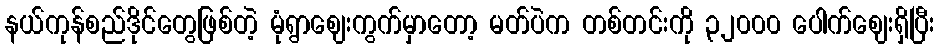
နယ်ကုန်စည်ဒိုင်တွေဖြစ်တဲ့ မုံရွာဈေးကွက်မှာတော့ မတ်ပဲက တစ်တင်းကို ၃၂၀၀၀ ပေါက်ဈေးရှိပြီး